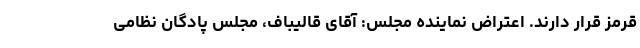
قرمز قرار دارند. اعتراض نماینده مجلس: آقای قالیباف، مجلس پادگان نظامی